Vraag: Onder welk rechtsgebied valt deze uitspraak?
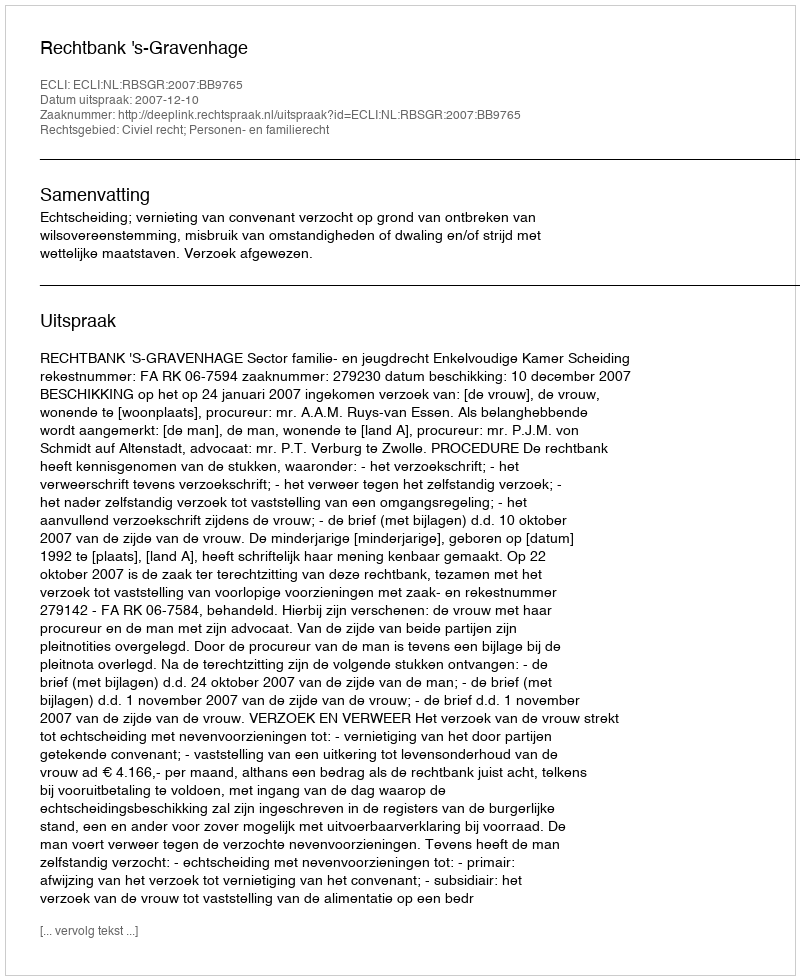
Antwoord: Civiel recht; Personen- en familierecht